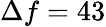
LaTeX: \Delta f=43